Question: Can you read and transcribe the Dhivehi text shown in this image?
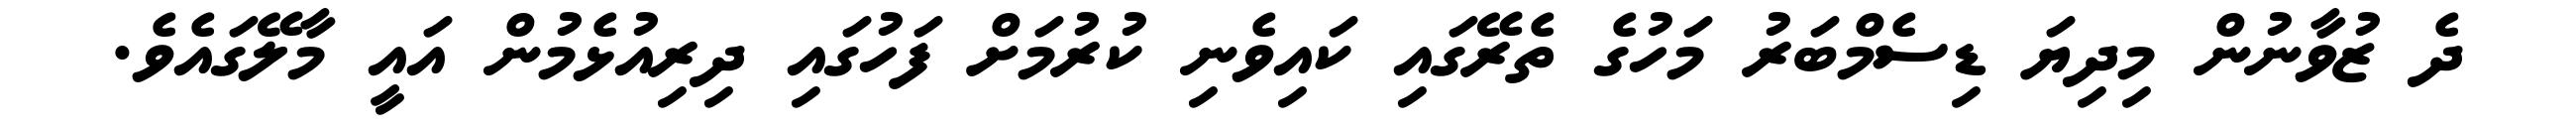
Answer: ދެ ޒުވާނުން މިދިޔަ ޑިސެމްބަރު މަހުގެ ތެރޭގައި ކައިވެނި ކުރުމަށް ފަހުގައި ދިރިއުޅެމުން އައީ މާލޭގައެވެ.